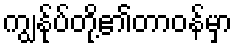
ကျွန်ုပ်တို့၏တာဝန်မှာ